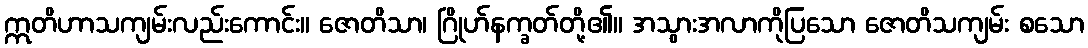
ဣတိဟာသကျမ်းလည်းကောင်း။ ဇောတိသာ၊ ဂြိုဟ်နက္ခတ်တို့၏။ အသွားအလာကိုပြသော ဇောတိသကျမ်း စသော